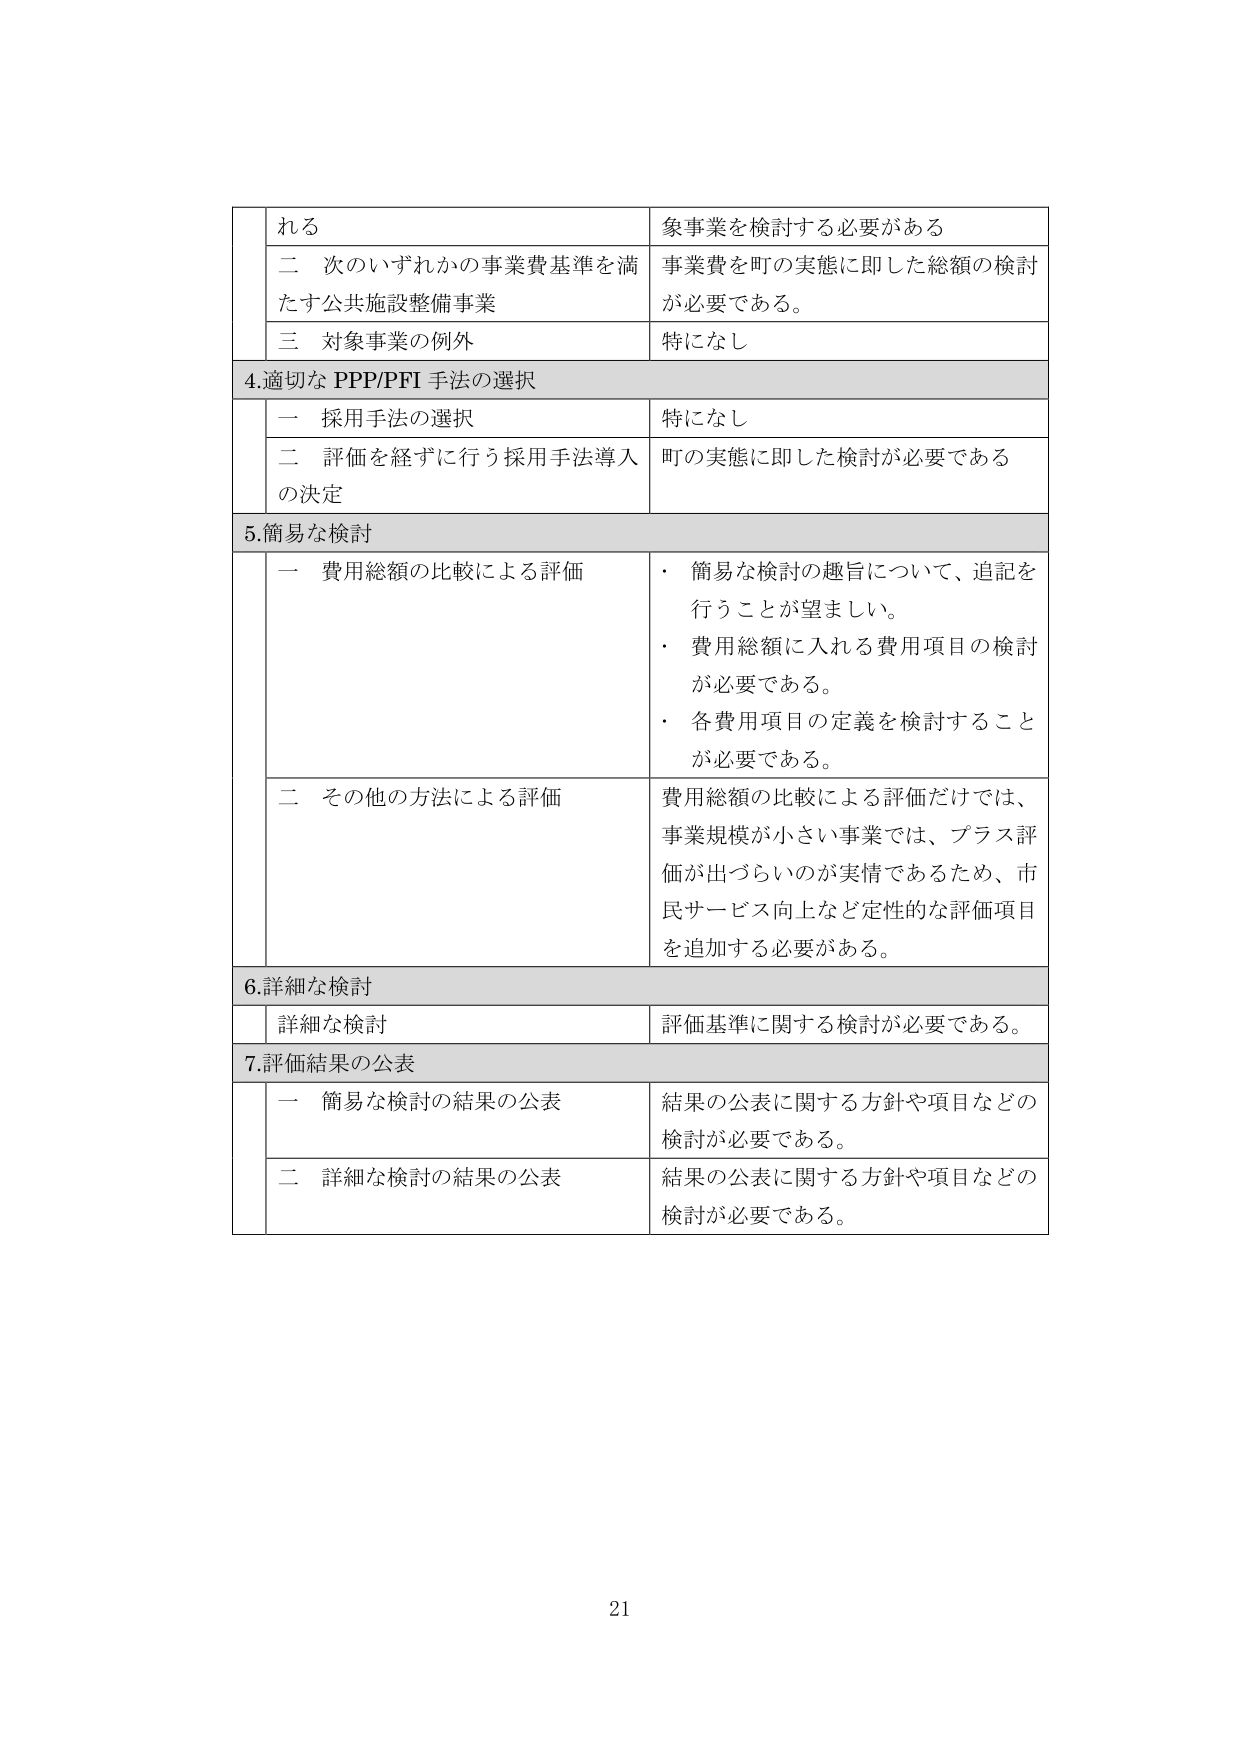
れる
象事業を検討する必要がある

二 次のいずれかの事業費基準を満
たす公共施設整備事業
事業費を町の実態に即した総額の検討
が必要である。

三 対象事業の例外
特になし

4.適切な PPP/PFI 手法の選択

一 採用手法の選択
特になし

二 評価を経ずに行う採用手法導入
の決定
町の実態に即した検討が必要である

5.簡易な検討

一 費用総額の比較による評価
・ 簡易な検討の趣旨について、追記を
行うことが望ましい。
・ 費用総額に入れる費用項目の検討
が必要である。
・ 各費用項目の定義を検討すること
が必要である。

二 その他の方法による評価
費用総額の比較による評価だけでは、
事業規模が小さい事業では、プラス評
価が出づらいのが実情であるため、市
民サービス向上など定性的な評価項目
を追加する必要がある。

6.詳細な検討

詳細な検討
評価基準に関する検討が必要である。

7.評価結果の公表

一 簡易な検討の結果の公表
結果の公表に関する方針や項目などの
検討が必要である。

二 詳細な検討の結果の公表
結果の公表に関する方針や項目などの
検討が必要である。

21